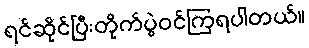
ရင်ဆိုင်ပြီးတိုက်ပွဲဝင်ကြရပါတယ်။